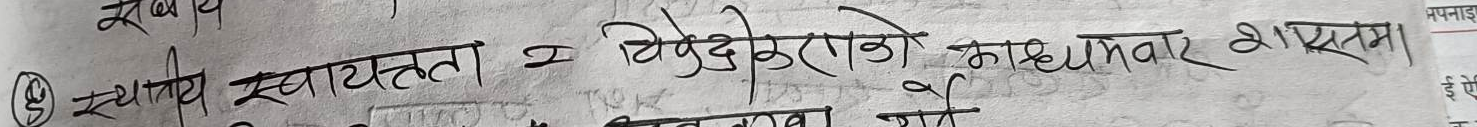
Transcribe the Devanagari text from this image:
(५) स्थानीय स्वायत्तता विकेन्द्रीकरण को माध्यमवार शासन।